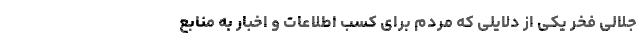
جلالی فخر یکی از دلایلی که مردم برای کسب اطلاعات و اخبار به منابع